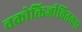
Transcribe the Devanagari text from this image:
वक्रोक्तिजीवितकार